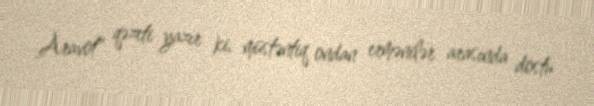
Aravot" qəzeti yazır ki, müstəntiq ondan ermənilər arasında dostu